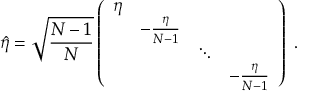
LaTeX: \hat { \eta } = \sqrt { { \frac { N - 1 } { N } } } \left( \begin{array} { c c c c } { { \eta } } & { { } } & { { } } & { { } } \\ { { } } & { { - { \frac { \eta } { N - 1 } } } } & { { } } & { { } } \\ { { } } & { { } } & { { \ddots } } & { { } } \\ { { } } & { { } } & { { } } & { { - { \frac { \eta } { N - 1 } } } } \end{array} \right) \ .